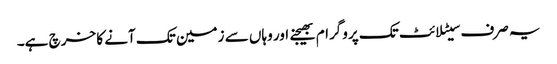
یہ صرف سیٹلائٹ تک پروگرام بھیجنے اور وہاں سے زمین تک آنے کا خرچ ہے۔